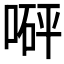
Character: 𠹶